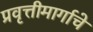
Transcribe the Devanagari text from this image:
प्रवृत्तीमार्गाचे